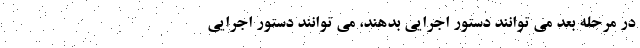
در مرحله بعد می توانند دستور اجرایی بدهند، می توانند دستور اجرایی